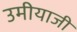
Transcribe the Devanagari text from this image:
उमीयाजी